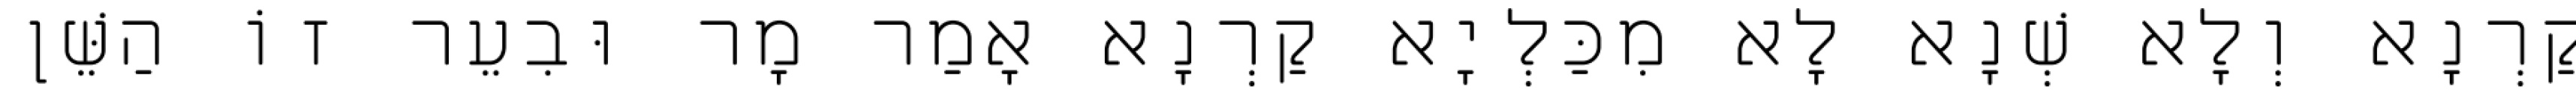
קַרְנָא וְלָא שְׁנָא לָא מִכַּלְיָא קַרְנָא אָמַר מָר וּבִעֵר זוֹ הַשֵּׁן